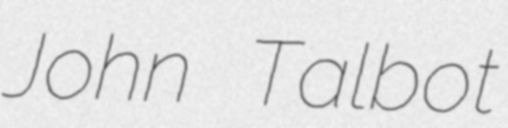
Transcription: John Talbot